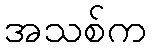
အသစ်က